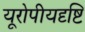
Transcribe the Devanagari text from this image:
यूरोपीयदृष्टि